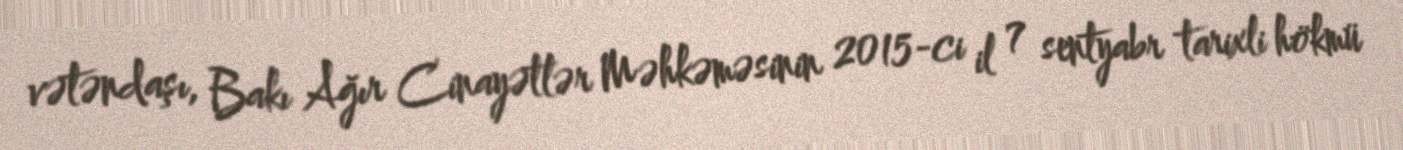
vətəndaşı, Bakı Ağır Cinayətlər Məhkəməsinin 2015-ci il 7 sentyabr tarixli hökmü